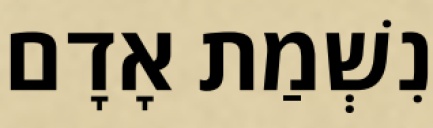
נִשְׁמַת אָדָם